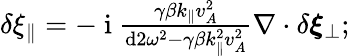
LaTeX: \begin{array}{r}{\delta\xi_{\parallel}=-\mathrm{~i~}\frac{\gamma\beta k_{\parallel}v_{A}^{2}}{\textrm{d}2\omega^{2}-\gamma\beta k_{\parallel}^{2}v_{A}^{2}}\nabla\cdot\delta\boldsymbol{\xi}_{\perp};}\end{array}